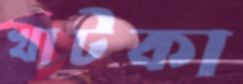
খাটকা